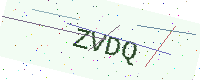
Text: ZVDQ